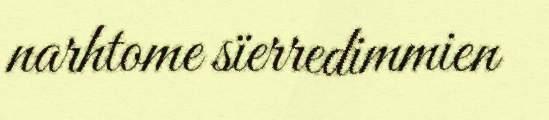
narhtome sïerredimmien